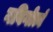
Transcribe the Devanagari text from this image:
गविगोत्वं